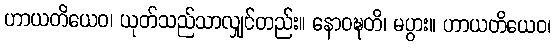
ဟာယတိယေဝ၊ ယုတ်သည်သာလျှင်တည်း။ နောဝဍ္ဎတိ၊ မပွား။ ဟာယတိယေဝ၊